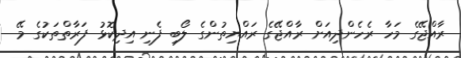
ރާއްޖޭގެ މަހާ ރެހެންދިއަށް ރާއްޖޭގެ ރައްޔިތުންގެ ލޯބި ފެނި އިދިކޮޅު ފަރާތްތަކުގެ މޭ